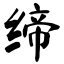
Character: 缔